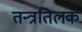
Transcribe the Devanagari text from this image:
तन्त्रतिलक